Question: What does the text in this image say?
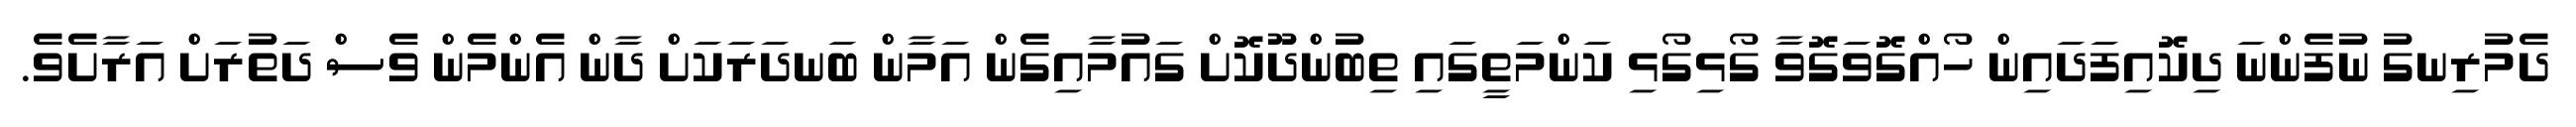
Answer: ދެމުރިނގު ނުފެންނަ ދިކޮއިފަދައިން ހޯއްގޮވަގޮވާ ގޯޅިގޯޅި ކަންމަތީގައި ތިބުންދޫކޮށް ގައުމާއިގެން އަމާން ބަނދަރަކަށް ދާން އެންމެން ވެސް ދަތުރަށް އަރާށެވެ.